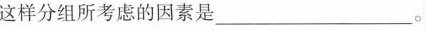
这样分组所考虑的因素是___。